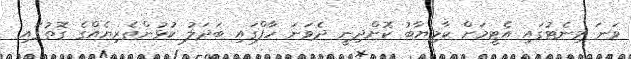
ވަނަ މިނެޓުގައި އެޓީމަށް ކާމިޔާބު ކޮށްދިނީ ދެވަނަ ހާފްގައި ބަދަލު ކުޅުންތެރިޔެއްގެ ގޮތުގައި